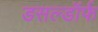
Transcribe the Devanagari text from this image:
डसल्डॉर्फ